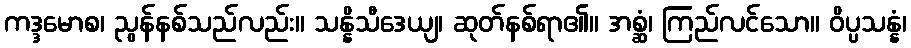
ကဒ္ဒမောစ၊ ညွန်နစ်သည်လည်း။ သန္နိသီဒေယျ၊ ဆုတ်နစ်ရာ၏။ အစ္ဆံ၊ ကြည်လင်သော။ ဝိပ္ပသန္နံ၊